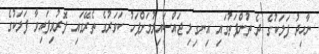
ނާހިދު ފަލަކުގެ ދެ ތުންފަތުގައި އިނގިލި ޖައްސައިލުމަށްފަހު ކަވަރުގެ ތެރޭގައި ފޮރުވިފައިވާ ފަލަކުގެ